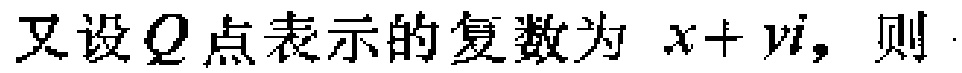
又设\(Q\)点表示的复数为 \(x + yi\)，则